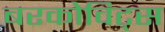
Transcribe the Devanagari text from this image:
बरकोविट्स